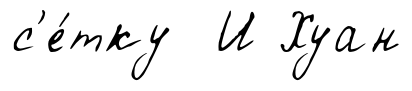
с'е́тку И Хуан